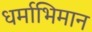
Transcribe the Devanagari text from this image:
धर्माभिमान